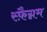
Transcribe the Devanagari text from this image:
स्फ़ैग्नम